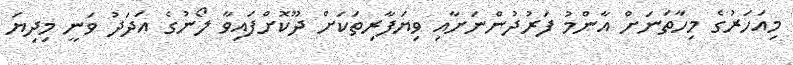
މިއަހަރުގެ މިހާތަނަށް އާންމު ފަރުދުންނަށާއި ވިޔަފާރިތަކަށް ދޫކޮށްފައިވާ ލޯނުގެ އަދަދު ވަނީ މިދިޔަ